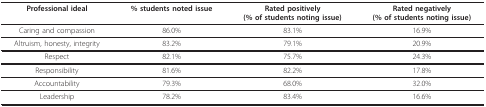
<table><thead><tr><td><b>Professional ideal</b></td><td><b>% students noted issue</b></td><td><b>Rated positively(% of students noting issue)</b></td><td><b>Rated negatively(% of students noting issue)</b></td></tr></thead><tbody><tr><td>Caring and compassion</td><td>86.0%</td><td>83.1%</td><td>16.9%</td></tr><tr><td>Altruism, honesty, integrity</td><td>83.2%</td><td>79.1%</td><td>20.9%</td></tr><tr><td>Respect</td><td>82.1%</td><td>75.7%</td><td>24.3%</td></tr><tr><td>Responsibility</td><td>81.6%</td><td>82.2%</td><td>17.8%</td></tr><tr><td>Accountability</td><td>79.3%</td><td>68.0%</td><td>32.0%</td></tr><tr><td>Leadership</td><td>78.2%</td><td>83.4%</td><td>16.6%</td></tr></tbody></table>